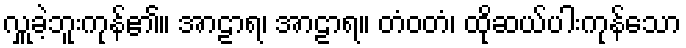
လှူခဲ့ဘူးကုန်၏။ အာဠာရ၊ အာဠာရ။ တံဝတံ၊ ထိုဆယ်ပါးကုန်သော